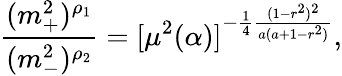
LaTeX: {\frac{(m_{+}^{2})^{\rho_{1}}}{(m_{-}^{2})^{\rho_{2}}}}=[\mu^{2}(\alpha)]^{-{\frac{1}{4}}{\frac{(1-r^{2})^{2}}{a(a+1-r^{2})}}},